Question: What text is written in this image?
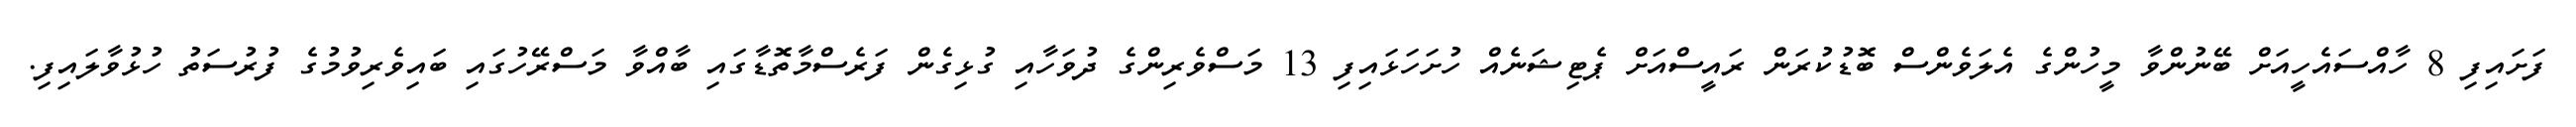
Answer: ފަށައިފި 8 ހާއްސައެހީއަށް ބޭނުންވާ މީހުންގެ އެލަވެންސް ބޮޑުކުރަން ރައީސްއަށް ޕެޓިޝަނެއް ހުށަހަޅައިފި 13 މަސްވެރިންގެ ދުވަހާއި ގުޅިގެން ފަރެސްމާތޮޑާގައި ބާއްވާ މަސްރޭހުގައި ބައިވެރިވުމުގެ ފުރުސަތު ހުޅުވާލައިފި.